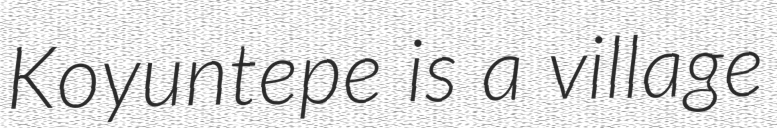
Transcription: Koyuntepe is a village